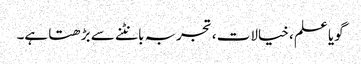
گویا علم ، خیالات ، تجربہ بانٹنے سے بڑھتا ہے۔